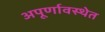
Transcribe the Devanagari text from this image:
अपूर्णावस्थेत